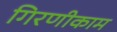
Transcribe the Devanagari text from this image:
गिरणीकाम